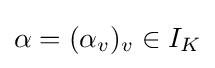
\alpha =(\alpha _{v})_{v}\in I_{K}